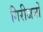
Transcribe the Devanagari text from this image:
गिरीजनों